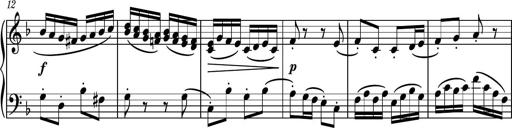
Title: Piano Sonatina II
Composer: Dimitri Sykias
Key: F major